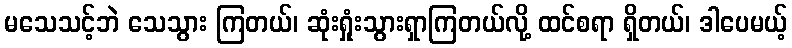
မသေသင့်ဘဲ သေသွား ကြတယ်၊ ဆုံးရှုံးသွားရှာကြတယ်လို့ ထင်စရာ ရှိတယ်၊ ဒါပေမယ့်